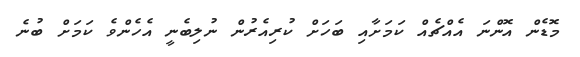
މޮޑެން އޮންނަ އެއްޗެއް ކަމަށާއި ބަހަށް ކުރިއެރުން ނުލިބެނީ އެހެންވެ ކަމަށް ބުނެ